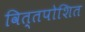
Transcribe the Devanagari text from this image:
वित्तपोशित